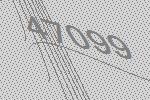
47099